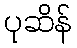
ပုဆိန်